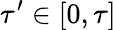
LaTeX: \tau^{\prime}\in[0,\tau]